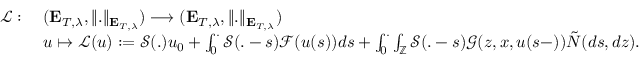
\begin{array} { r l } { \mathcal { L } : \; } & { ( \mathbf { E } _ { T , \lambda } , \Vert . \Vert _ { \mathbf { E } _ { T , \lambda } } ) \longrightarrow ( \mathbf { E } _ { T , \lambda } , \Vert . \Vert _ { \mathbf { E } _ { T , \lambda } } ) } \\ & { u \mapsto \mathcal { L } ( u ) : = \mathcal { S } ( . ) u _ { 0 } + \int _ { 0 } ^ { . } \mathcal { S } ( . - s ) \mathcal { F } ( u ( s ) ) d s + \int _ { 0 } ^ { . } \int _ { \mathbb { Z } } \mathcal { S } ( . - s ) \mathcal { G } ( z , x , u ( s - ) ) \tilde { N } ( d s , d z ) . } \end{array}